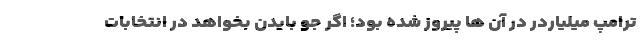
ترامپ میلیاردر در آن ها پیروز شده بود؛ اگر جو بایدن بخواهد در انتخابات